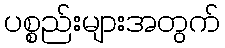
ပစ္စည်းများအတွက်